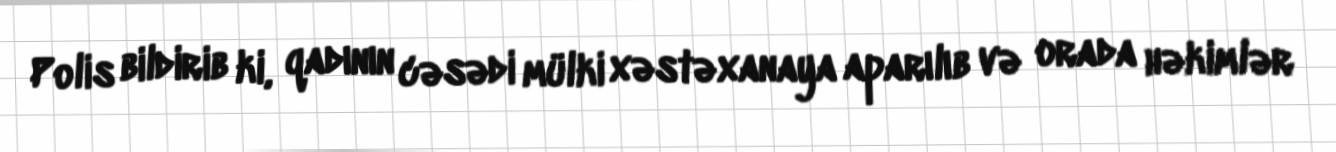
Polis bildirib ki, qadının cəsədi mülki xəstəxanaya aparılıb və orada həkimlər